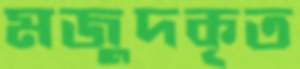
মজুদকৃত